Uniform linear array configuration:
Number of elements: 4
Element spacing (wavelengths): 0.25
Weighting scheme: hamming
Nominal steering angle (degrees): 45
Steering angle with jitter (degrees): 43.125
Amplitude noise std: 0.05
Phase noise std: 0.05

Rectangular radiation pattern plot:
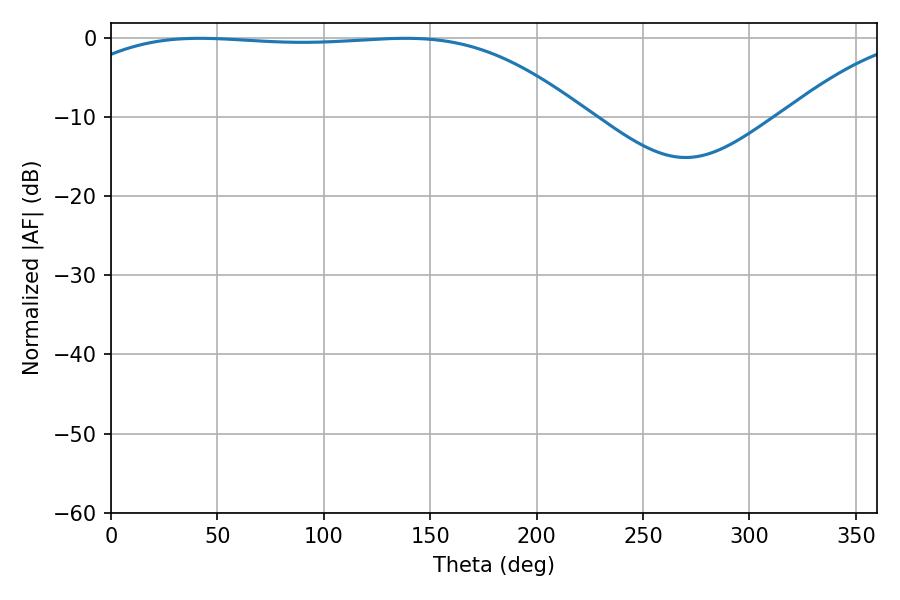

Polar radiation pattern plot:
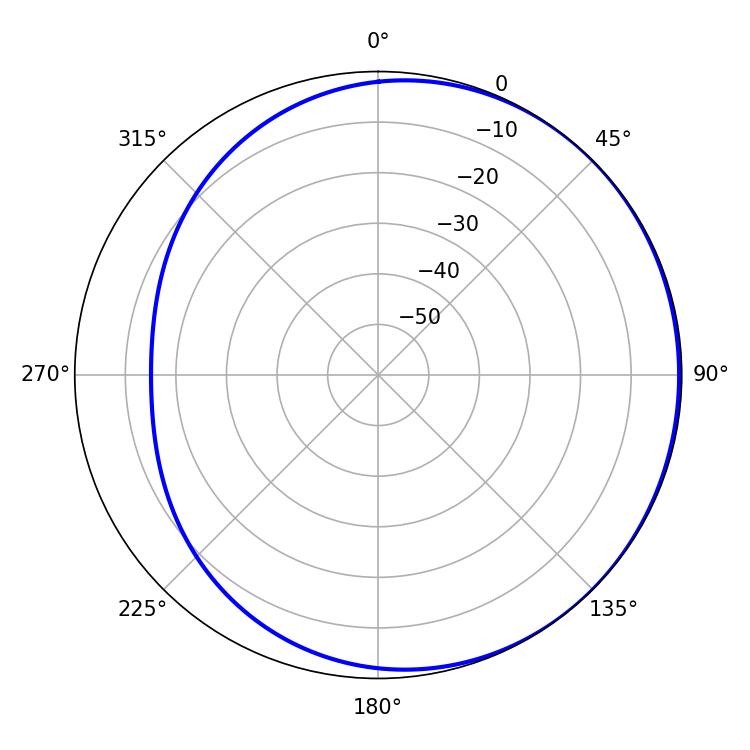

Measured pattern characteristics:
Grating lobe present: FALSE
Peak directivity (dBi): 0.833
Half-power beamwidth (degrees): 188.1
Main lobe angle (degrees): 41.76